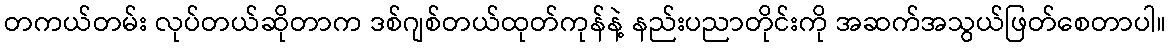
တကယ်တမ်း လုပ်တယ်ဆိုတာက ဒစ်ဂျစ်တယ်ထုတ်ကုန်နဲ့ နည်းပညာတိုင်းကို အဆက်အသွယ်ဖြတ်စေတာပါ။